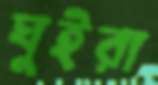
ঘুইরা